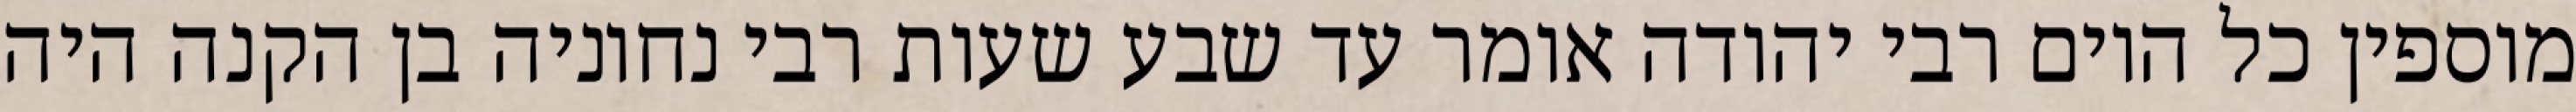
מוספין כל היום רבי יהודה אומר עד שבע שעות רבי נחוניה בן הקנה היה